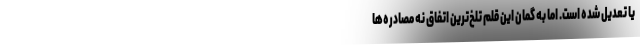
یا تعدیل شده است. اما به گمان این قلم تلخ‌ترین اتفاق نه مصادره‌ها